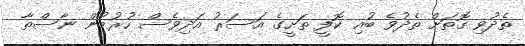
ތެދުވި ގޮތަށް ތެދުވެ ބުއި ކޮފީ ތަށީގެ އަސަރު އަދިވެސް ހުރުމުން ނާސްތާ